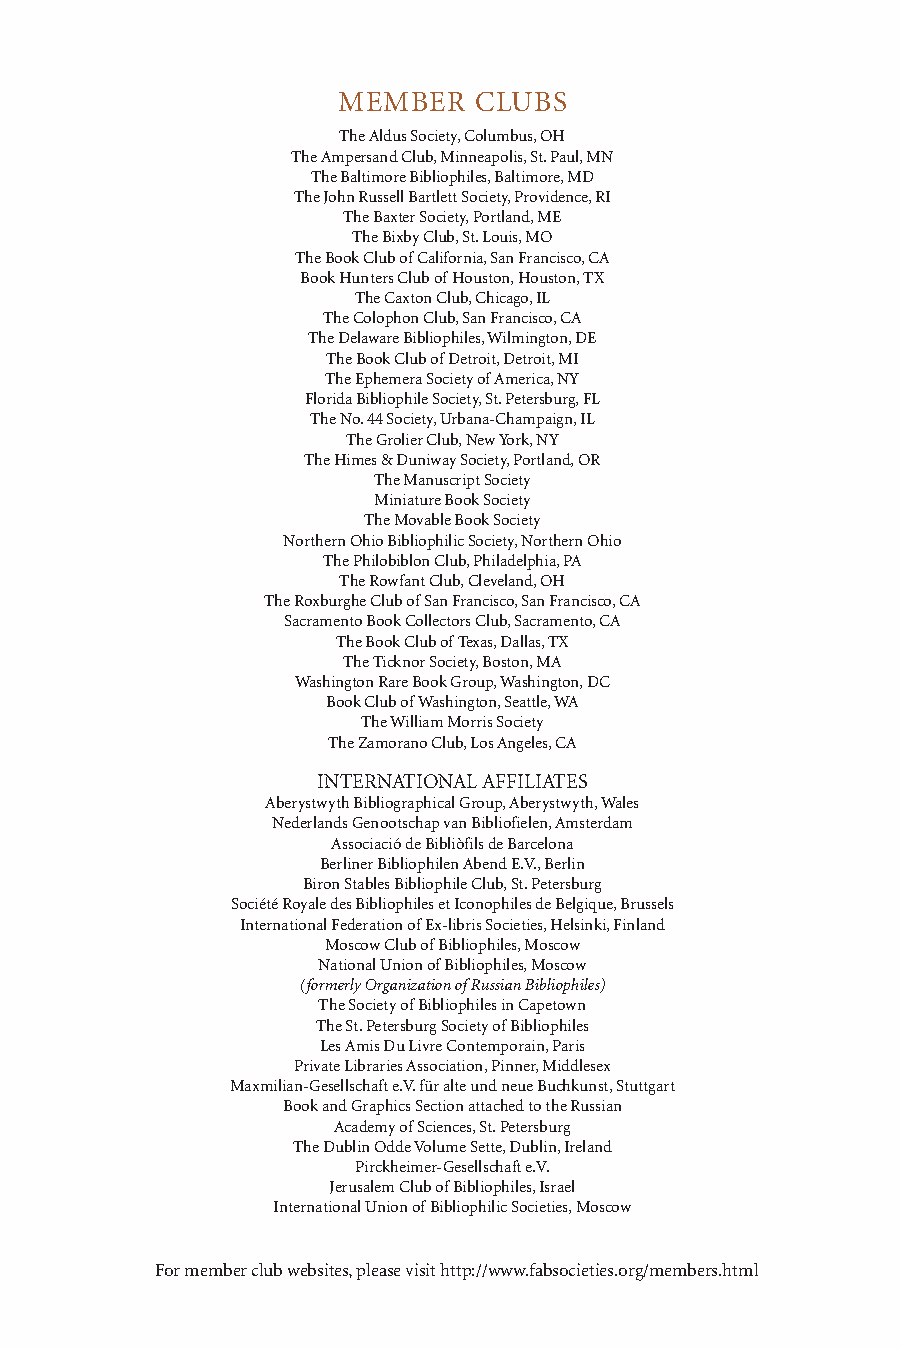
MEMBER   CLUBS
 The Aldus Society, Columbus, OH
 The Ampersand Club, Minneapolis, St. Paul, MN
 The Baltimore Bibliophiles, Baltimore, MD
 The John Russell Bartlett Society, Providence, RI
 The Baxter Society, Portland, ME
 The Bixby Club, St. Louis, MO
 The Book Club of California, San Francisco, CA
 Book Hunters Club of Houston, Houston, TX
 The Caxton Club, Chicago, IL
 The Colophon Club, San Francisco, CA
 The Delaware Bibliophiles, Wilmington, DE
 The Book Club of Detroit, Detroit, MI
 The Ephemera Society of America, NY
 Florida Bibliophile Society, St. Petersburg, FL
 The No. 44 Society, Urbana-Champaign, IL
 The Grolier Club, New York, NY
 The Himes & Duniway Society, Portland, OR
 The Manuscript Society
 Miniature Book Society
 The Movable Book Society
 Northern Ohio Bibliophilic Society, Northern Ohio
 The Philobiblon Club, Philadelphia, PA
 The Rowfant Club, Cleveland, OH
 The Roxburghe Club of San Francisco, San Francisco, CA
 Sacramento Book Collectors Club, Sacramento, CA
 The Book Club of Texas, Dallas, TX
 The Ticknor Society, Boston, MA
 Washington Rare Book Group, Washington, DC
 Book Club of Washington, Seattle, WA
 The William Morris Society
 The Zamorano Club, Los Angeles, CA
 INTERNATIONAL AFFILIATES
 Aberystwyth Bibliographical Group, Aberystwyth, Wales
 Nederlands Genootschap van Bibliofielen, Amsterdam
 Associació de Bibliòfils de Barcelona
 Berliner Bibliophilen Abend E.V., Berlin
 Biron Stables Bibliophile Club, St. Petersburg
 Société Royale des Bibliophiles et Iconophiles de Belgique, Brussels
 International Federation of Ex-libris Societies, Helsinki, Finland
 Moscow Club of Bibliophiles, Moscow
 National Union of Bibliophiles, Moscow
 (formerly Organization of Russian Bibliophiles)
 The Society of Bibliophiles in Capetown
 The St. Petersburg Society of Bibliophiles
 Les Amis Du Livre Contemporain, Paris
 Private Libraries Association, Pinner, Middlesex
 Maxmilian-Gesellschaft e.V. für alte und neue Buchkunst, Stuttgart
 Book and Graphics Section attached to the Russian
 Academy of Sciences, St. Petersburg
 The Dublin Odde Volume Sette, Dublin, Ireland
 Pirckheimer-Gesellschaft e.V.
 Jerusalem Club of Bibliophiles, Israel
 International Union of Bibliophilic Societies, Moscow
 For member club websites, please visit http://www.fabsocieties.org/members.html